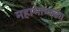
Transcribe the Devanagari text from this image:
महाभाष्यच्या